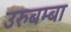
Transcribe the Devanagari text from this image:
उरुबम्बा